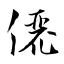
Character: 儷